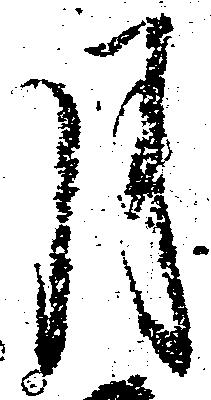
月